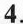
4.